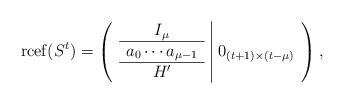
LaTeX: \begin{align*}\operatorname{rcef}(S^t) = \left(\begin{array}{c|c} \begin{array}{c} I_\mu \\ \hline a_0 \cdots a_{\mu-1} \\ \hline H' \end{array} & 0_{(t+1)\times(t-\mu)} \end{array}\right),\end{align*}